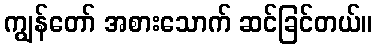
ကျွန်တော် အစားသောက် ဆင်ခြင်တယ်။